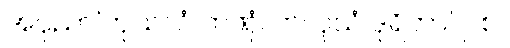
အပုညာ’ကုသလံ ကဏှံ၊ ကလုသံ ဒုရိတာ’ဂု စ။